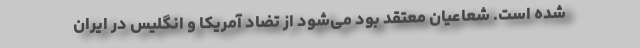
شده است. شعاعیان معتقد بود می‌شود از تضاد آمریكا و انگلیس در ایران